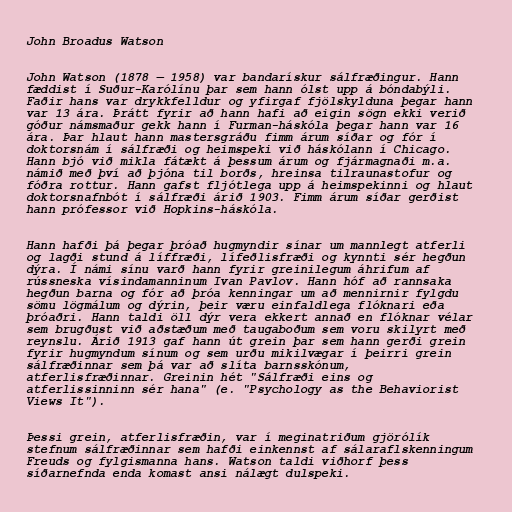
John Broadus Watson

John Watson (1878 — 1958) var bandarískur sálfræðingur. Hann
fæddist í Suður-Karólínu þar sem hann ólst upp á bóndabýli.
Faðir hans var drykkfelldur og yfirgaf fjölskylduna þegar hann
var 13 ára. Þrátt fyrir að hann hafi að eigin sögn ekki verið
góður námsmaður gekk hann í Furman-háskóla þegar hann var 16
ára. Þar hlaut hann mastersgráðu fimm árum síðar og fór í
doktorsnám í sálfræði og heimspeki við háskólann í Chicago.
Hann bjó við mikla fátækt á þessum árum og fjármagnaði m.a.
námið með því að þjóna til borðs, hreinsa tilraunastofur og
fóðra rottur. Hann gafst fljótlega upp á heimspekinni og hlaut
doktorsnafnbót í sálfræði árið 1903. Fimm árum síðar gerðist
hann prófessor við Hopkins-háskóla.

Hann hafði þá þegar þróað hugmyndir sínar um mannlegt atferli
og lagði stund á líffræði, lífeðlisfræði og kynnti sér hegðun
dýra. Í námi sínu varð hann fyrir greinilegum áhrifum af
rússneska vísindamanninum Ivan Pavlov. Hann hóf að rannsaka
hegðun barna og fór að þróa kenningar um að mennirnir fylgdu
sömu lögmálum og dýrin, þeir væru einfaldlega flóknari eða
þróaðri. Hann taldi öll dýr vera ekkert annað en flóknar vélar
sem brugðust við aðstæðum með taugaboðum sem voru skilyrt með
reynslu. Árið 1913 gaf hann út grein þar sem hann gerði grein
fyrir hugmyndum sínum og sem urðu mikilvægar í þeirri grein
sálfræðinnar sem þá var að slíta barnsskónum,
atferlisfræðinnar. Greinin hét "Sálfræði eins og
atferlissinninn sér hana" (e. "Psychology as the Behaviorist
Views It").

Þessi grein, atferlisfræðin, var í meginatriðum gjörólík
stefnum sálfræðinnar sem hafði einkennst af sálaraflskenningum
Freuds og fylgismanna hans. Watson taldi viðhorf þess
síðarnefnda enda komast ansi nálægt dulspeki.